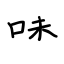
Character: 味